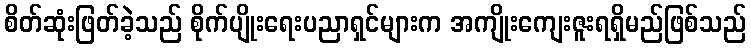
စိတ်ဆုံးဖြတ်ခဲ့သည် စိုက်ပျိုးရေးပညာရှင်များက အကျိုးကျေးဇူးရရှိမည်ဖြစ်သည်